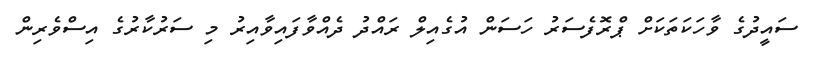
ސައީދުގެ ވާހަކަތަކަށް ޕްރޮފެސަރު ހަސަން އުގެއިލް ރައްދު ދެއްވާފައިވާއިރު މި ސަރުކާރުގެ އިސްވެރިން